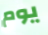
يوم